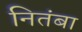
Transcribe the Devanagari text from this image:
नितंबा